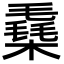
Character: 㯔